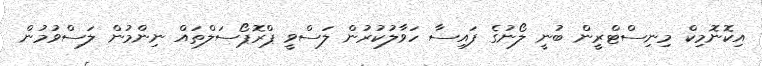
އިކޮނޮމިކް މިނިސްޓްރީން ބުނީ ލޯނުގެ ފައިސާ ހަވާލުކުރުން ލަސްވީ ޕްރޮޕޯސަލްތައް ނިންމުން ލަސްވުމުން